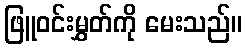
ဖြူဝင်းမွှတ်ကို မေးသည်။